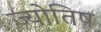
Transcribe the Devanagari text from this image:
ज्योतिष